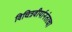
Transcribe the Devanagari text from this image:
विचित्रवीर्यानंतरचा